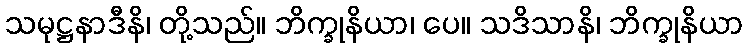
သမုဋ္ဌနာဒီနိ၊ တို့သည်။ ဘိက္ခုနိယာ၊ ပေ။ သဒိသာနိ၊ ဘိက္ခုနိယာ